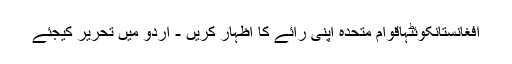
افغانستانکوئٹہاقوام متحدہ اپنی رائے کا اظہار کریں - اُردو میں تحریر کیجئے